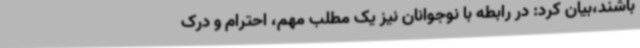
باشند،بیان کرد: در رابطه با نوجوانان نیز یک مطلب مهم، احترام و درک